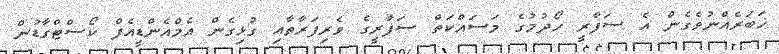
ޚަބަރެއްނުވެގެން އެ ސަފާރީ ހޯދުމުގެ މަސައްކަތް ސަފާރީގެ ވެރިފަރާތާއި ގުޅިގެން އެމްއެންޑީއެފް ކޯސްޓްގާޑުން